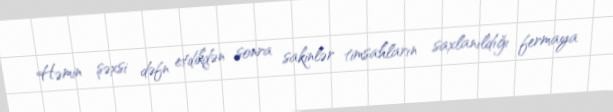
Həmin şəxsi dəfn etdikdən sonra sakinlər timsahların saxlanıldığı fermaya